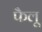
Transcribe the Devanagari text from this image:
फैलू